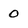
Character: 0